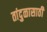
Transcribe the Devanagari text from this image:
तांदुळासाठी